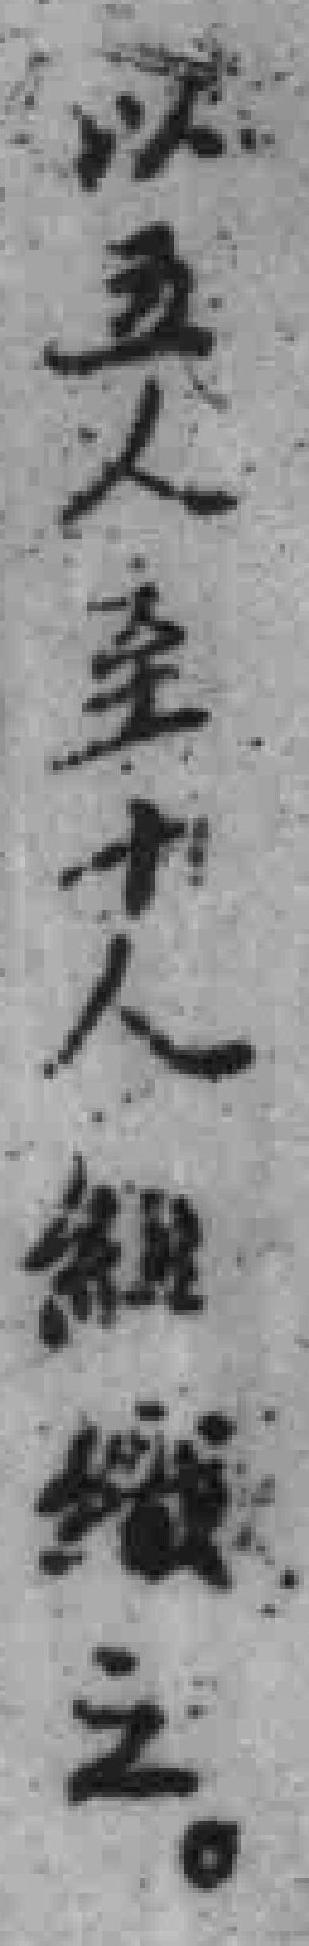
以五人至十人組織之